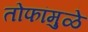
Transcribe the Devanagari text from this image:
तोफांमुळे